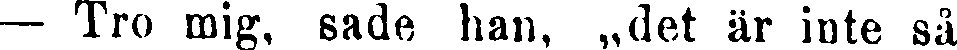
— Tro mig, sade han, „det är inte så